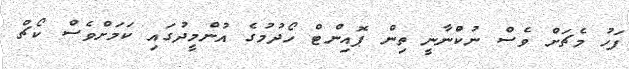
ފަހު މެޗަށް ވެސް ނުކުްނާނީ ތިން ޕޮއިންޓް ހޯދުމުގެ އުންމީދުގައި ކަމަށްވެސް ކޯޗް